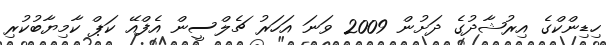
ހިޑިންކްގެ އިރުޝާދުގެ ދަށުން 2009 ވަނަ އަަހަރު ޗެލްސީން އެފްއޭ ކަޕް ކާމިޔާބުކުރި